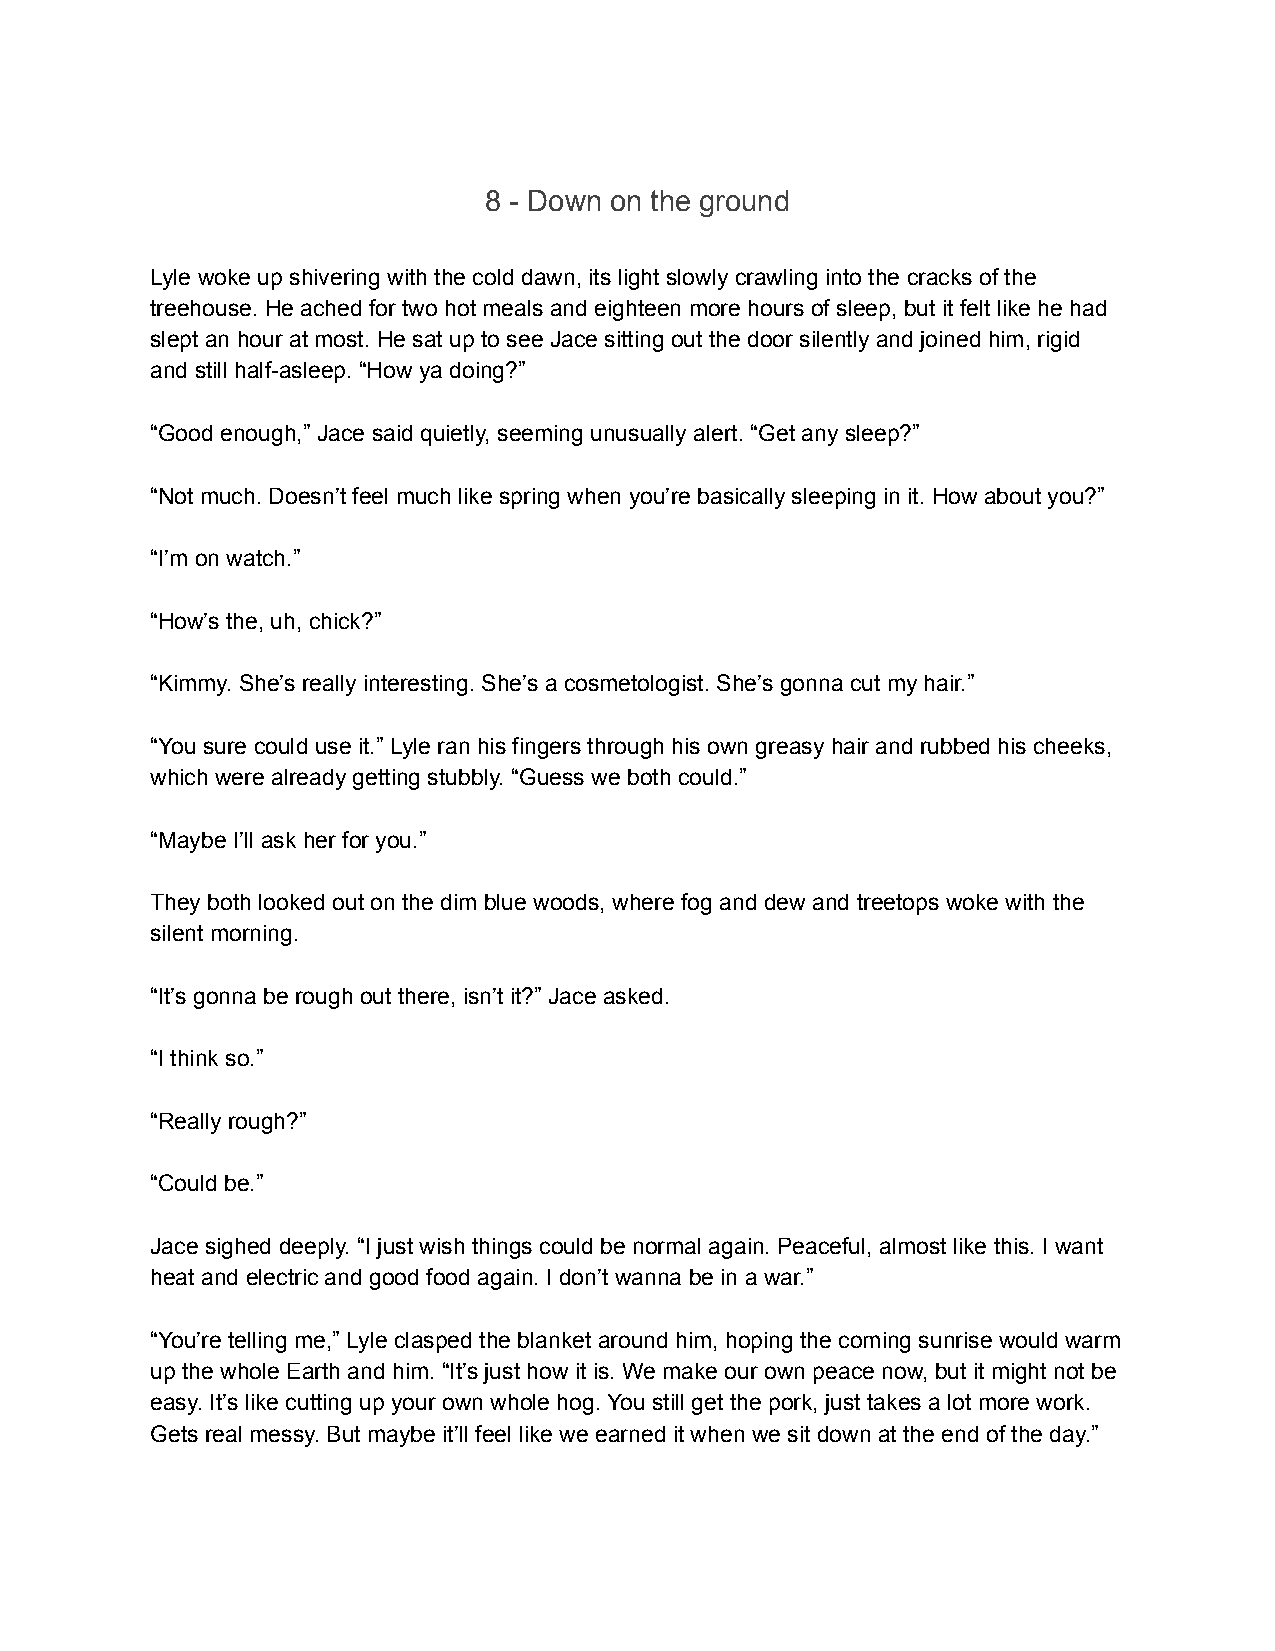
8 - Down on the ground
 Lyle woke up shivering with the cold dawn, its light slowly crawling into the cracks of the
 treehouse. He ached for two hot meals and eighteen more hours of sleep, but it felt like he had
 slept an hour at most. He sat up to see Jace sitting out the door silently and joined him, rigid
 and still half-asleep. “How ya doing?”
 “Good enough,” Jace said quietly, seeming unusually alert. “Get any sleep?”
 “Not much. Doesn’t feel much like spring when you’re basically sleeping in it. How about you?”
 “I’m on watch.”
 “How’s the, uh, chick?”
 “Kimmy. She’s really interesting. She’s a cosmetologist. She’s gonna cut my hair.”
 “You sure could use it.” Lyle ran his fingers through his own greasy hair and rubbed his cheeks,
 which were already getting stubbly. “Guess we both could.”
 “Maybe I’ll ask her for you.”
 They both looked out on the dim blue woods, where fog and dew and treetops woke with the
 silent morning.
 “It’s gonna be rough out there, isn’t it?” Jace asked.
 “I think so.”
 “Really rough?”
 “Could be.”
 Jace sighed deeply. “I just wish things could be normal again. Peaceful, almost like this. I want
 heat and electric and good food again. I don’t wanna be in a war.”
 “You’re telling me,” Lyle clasped the blanket around him, hoping the coming sunrise would warm
 up the whole Earth and him. “It’s just how it is. We make our own peace now, but it might not be
 easy. It’s like cutting up your own whole hog. You still get the pork, just takes a lot more work.
 Gets real messy. But maybe it’ll feel like we earned it when we sit down at the end of the day.”